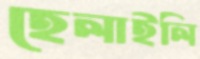
হেলাইলি